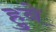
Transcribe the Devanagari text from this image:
हुबे